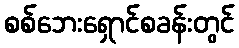
စစ်ဘေးရှောင်စခန်းတွင်